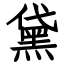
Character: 黛